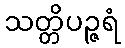
သတ္တိပဉ္ဇရံ